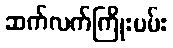
ဆက်လက်ကြိုးပမ်း